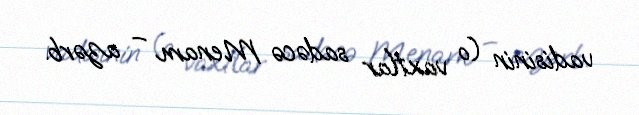
vadisinin (o vaxtlar sadəcə Menam – azərb.